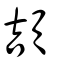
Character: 頡